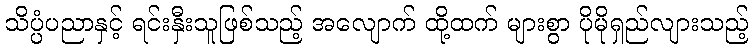
သိပ္ပံပညာနှင့် ရင်းနှီးသူဖြစ်သည့် အလျောက် ထို့ထက် များစွာ ပိုမိုရှည်လျားသည့်